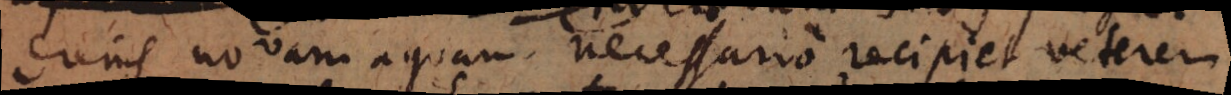
diens novam aquam necessario recipiet veterem